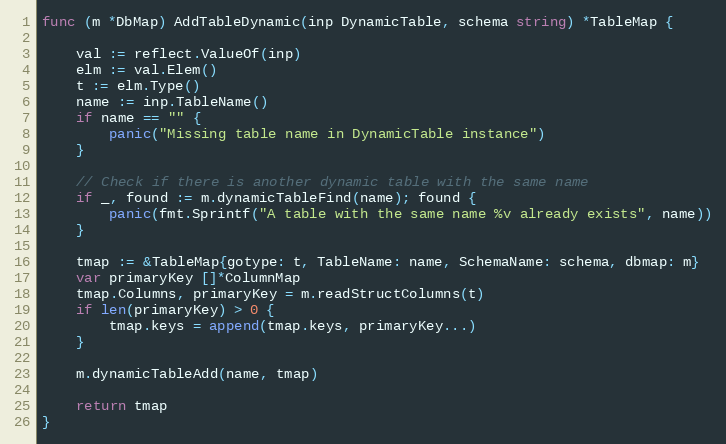
Language: Go
func (m *DbMap) AddTableDynamic(inp DynamicTable, schema string) *TableMap {

	val := reflect.ValueOf(inp)
	elm := val.Elem()
	t := elm.Type()
	name := inp.TableName()
	if name == "" {
		panic("Missing table name in DynamicTable instance")
	}

	// Check if there is another dynamic table with the same name
	if _, found := m.dynamicTableFind(name); found {
		panic(fmt.Sprintf("A table with the same name %v already exists", name))
	}

	tmap := &TableMap{gotype: t, TableName: name, SchemaName: schema, dbmap: m}
	var primaryKey []*ColumnMap
	tmap.Columns, primaryKey = m.readStructColumns(t)
	if len(primaryKey) > 0 {
		tmap.keys = append(tmap.keys, primaryKey...)
	}

	m.dynamicTableAdd(name, tmap)

	return tmap
}